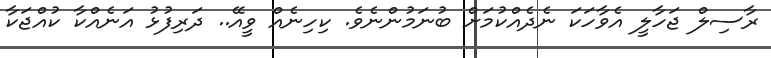
ރާސިލް ޖަހާލީ އެވާހަކަ ނެދެއްކުމަށް ބުނަމުންނެވެ. ކިހިނެއް ވީއޭ.. ދަރިފުޅު އަނެއްކާ ކުއްޖަކާ